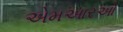
એમઆરઓ